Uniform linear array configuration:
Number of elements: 8
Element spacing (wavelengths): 0.75
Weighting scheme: blackman
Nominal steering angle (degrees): -30
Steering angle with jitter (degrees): -31.265
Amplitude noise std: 0.05
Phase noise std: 0.05

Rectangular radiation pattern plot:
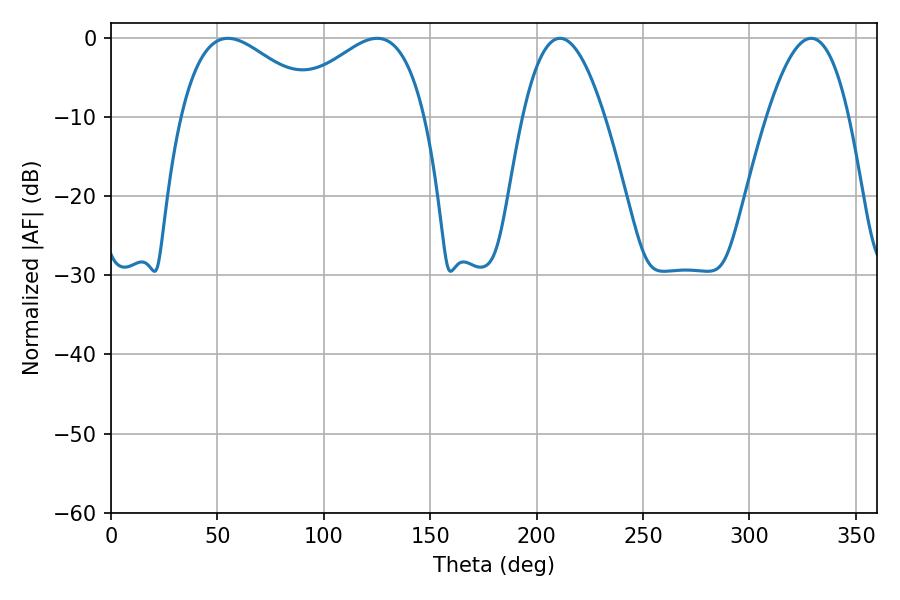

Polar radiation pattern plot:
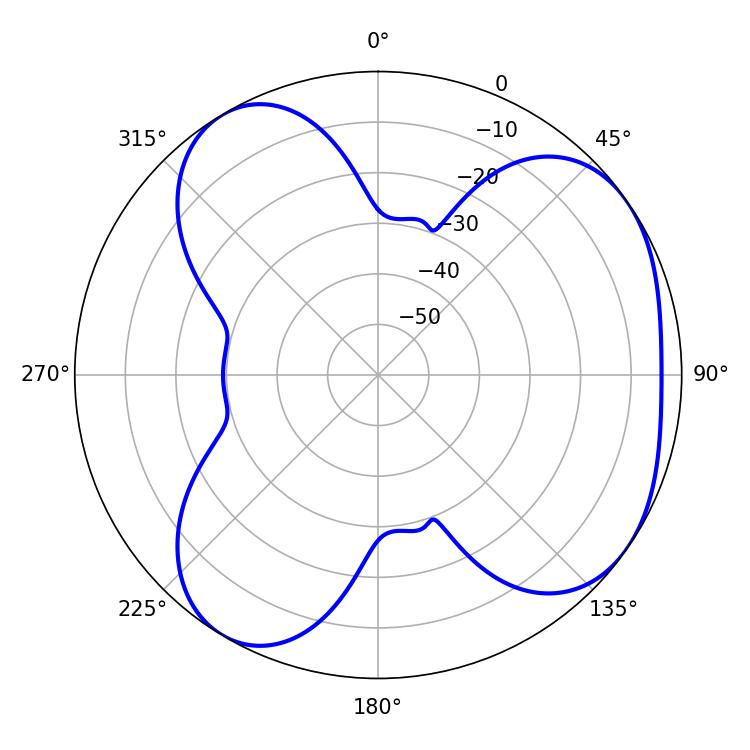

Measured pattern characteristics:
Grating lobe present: TRUE
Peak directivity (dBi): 4.795
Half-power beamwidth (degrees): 21.06
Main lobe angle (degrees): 329.04